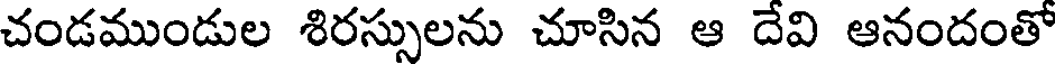
చండముండుల శిరస్సులను చూసిన ఆ దేవి ఆనందంతో